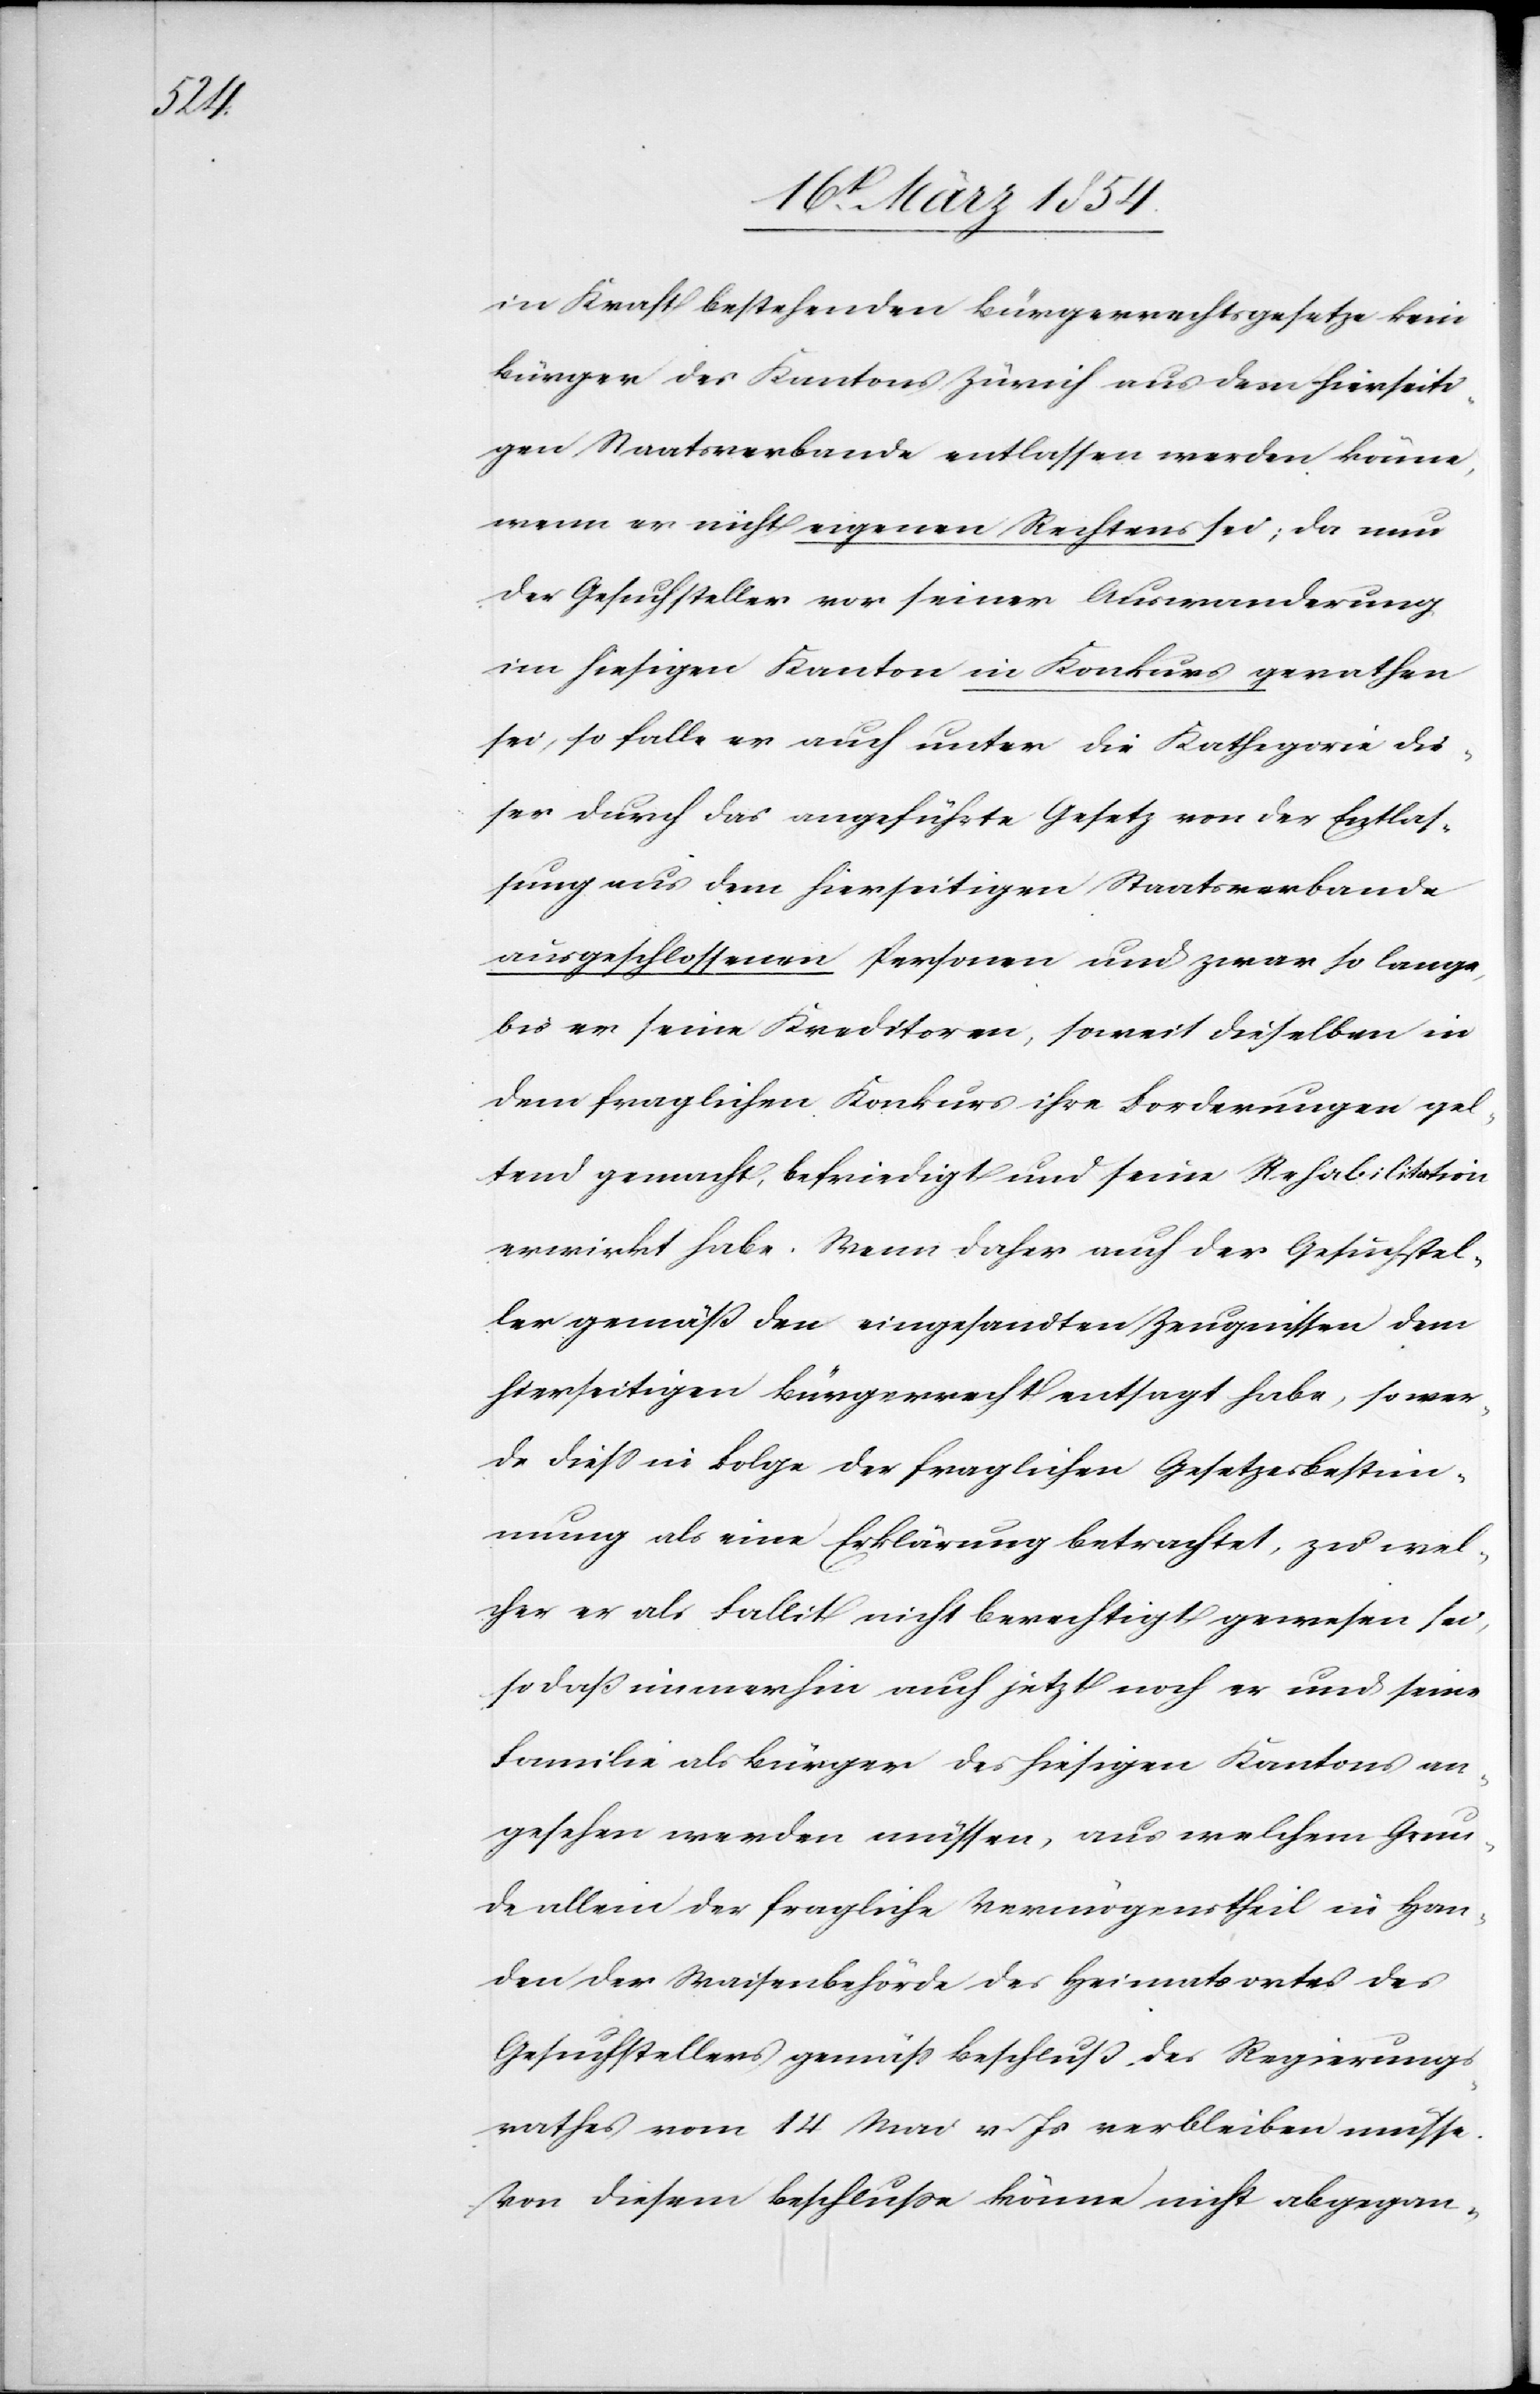
in Kraft bestehenden Bürgerrechtsgesetze kein
Bürger des Kantons Zürich aus dem hierseiti¬
gen Staatsverbande entlassen werden könne,
wenn er nicht eigenen Rechtes sei; da nun
der Gesuchsteller vor seiner Auswanderung
im hiesigen Kanton in Konkurs gerathen
sei, so falle er auch unter die Kathegorie die¬
ser durch das angeführte Gesetz von der Entlas¬
sung aus dem hierseitigen Staatsverbande
ausgeschlossenen Personen und zwar so lange,
bis er seine Kreditoren, soweit dieselben in
dem fraglichen Konkurs ihre Forderungen gel¬
tend gemacht, befriedigt und seine Rehabilitation
erwirkt habe. Wenn daher auch der Gesuchstel¬
ler gemäß den eingesandten Zeugnissen dem
hierseitigen Bürgerrecht entsagt habe, so wer¬
de dieß in Folge der fraglichen Gesetzesbestim¬
mung als eine Erklärung betrachtet, zu wel¬
cher er als Fallit nicht berechtigt gewesen sei,
so daß immerhin auch jetzt noch er und seine
Familie als Bürger des hiesigen Kantons an¬
gesehen werden müssen, aus welchem Grun¬
de allein der fragliche Vermögenstheil in Han¬
den der Waisenbehörde des Heimatsortes des
Gesuchstellers gemäß Beschluß des Regierungs¬
rathes vom 14 Mai v. Js verbleiben müsse.
Von diesem Beschluße könne nicht abgegan-